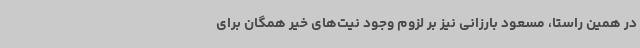
در همین راستا، مسعود بارزانی نیز بر لزوم وجود نیت‌های خیر همگان برای